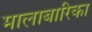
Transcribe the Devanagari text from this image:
मालाबारिका